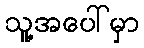
သူ့အပေါ်မှာ